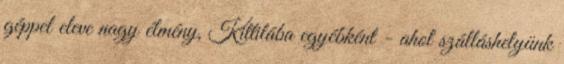
géppel eleve nagy élmény, Kittilába egyébként - ahol szálláshelyünk